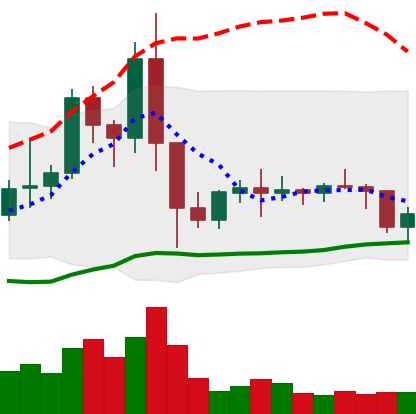
Ticker: EOS-USD
Chart end date: 2021-01-22
Forward return: -4.575%
Label: down_3_5